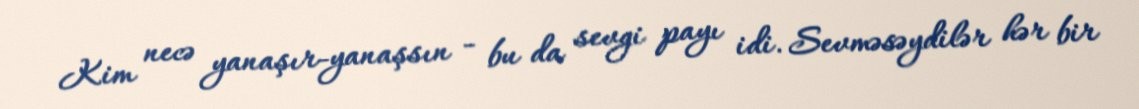
Kim necə yanaşır-yanaşsın - bu da sevgi payı idi. Sevməsəydilər hər bir